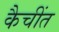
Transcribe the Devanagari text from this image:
कैचींत